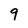
Character: 9